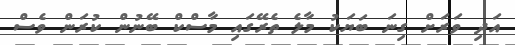
އަދި ވަރަށް ގިނަ ބަޔަކު މާލެ ތެރޭގައި މާސްކް ބޭނުން ކުރަން ވެސް